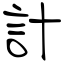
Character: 計